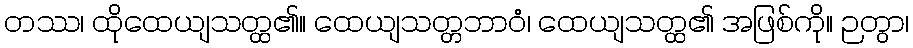
တဿ၊ ထိုထေယျသတ္ထ၏။ ထေယျသတ္တဘာဝံ၊ ထေယျသတ္ထ၏ အဖြစ်ကို။ ဉတွာ၊